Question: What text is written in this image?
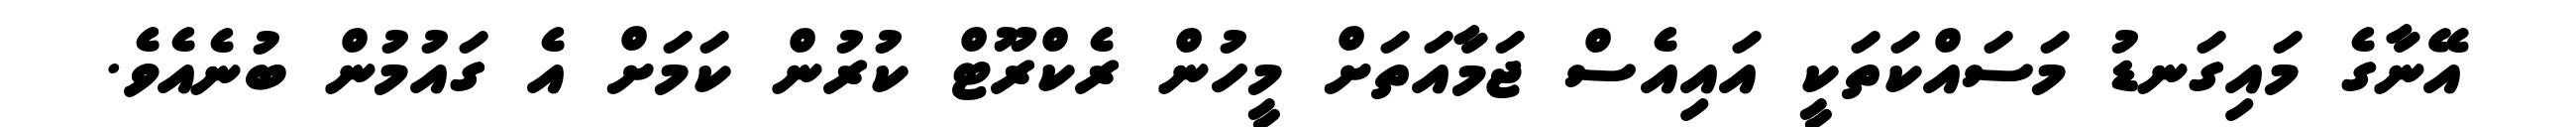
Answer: އޭނާގެ މައިގަނޑު މަސައްކަތަކީ އައިއެސް ޖަމާއަތަށް މީހުން ރެކްރޫޓް ކުރުން ކަމަށް އެ ގައުމުން ބުނެއެވެ.